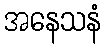
အနေသနံ